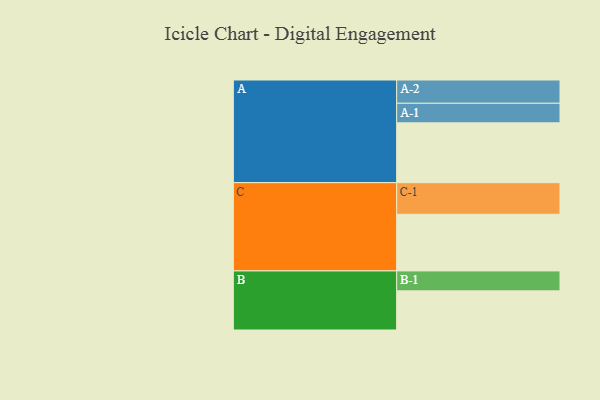
{"axis": {"x": "Segment", "y": "Value"}, "legend": ["", "A", "B", "C"], "data": [{"x": "A", "y": 486, "type": ""}, {"x": "B", "y": 318, "type": ""}, {"x": "C", "y": 460, "type": ""}, {"x": "A-1", "y": 159, "type": "A"}, {"x": "A-2", "y": 189, "type": "A"}, {"x": "B-1", "y": 162, "type": "B"}, {"x": "C-1", "y": 257, "type": "C"}]}